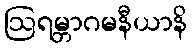
ဩရမ္ဘာဂမနီယာနိ